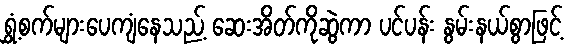
ရွှံ့စက်များပေကျံနေသည့် ဆေးအိတ်ကိုဆွဲကာ ပင်ပန်း နွမ်းနယ်စွာဖြင့်